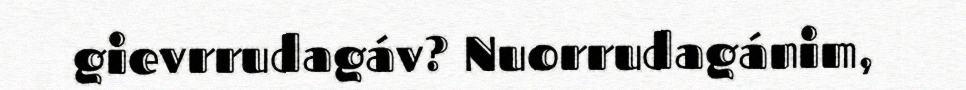
gievrrudagáv? Nuorrudagánim,